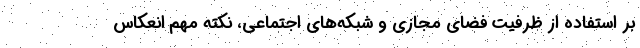
بر استفاده از ظرفیت فضای مجازی و شبکه‌های اجتماعی، نکته مهم انعکاس